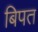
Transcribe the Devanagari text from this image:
बिपत